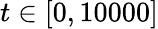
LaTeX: t\in[0,10000]